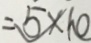
= 5 \times 1 0